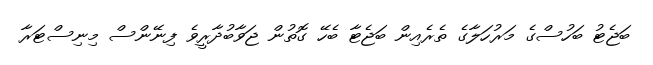
ބަޖެޓު ބަހުސްގެ މަރުހަލާގެ ތެރެއިން ބަޖެޓާ ބެހޭ ގޮތުން ޖަވާބުދާރީވެ ފިނޭންސް މިނިސްޓަރާ